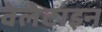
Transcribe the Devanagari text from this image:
वेलेटाइन